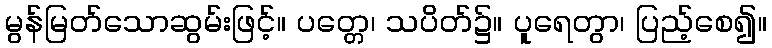
မွန်မြတ်သောဆွမ်းဖြင့်။ ပတ္တေ၊ သပိတ်၌။ ပူရေတွာ၊ ပြည့်စေ၍။